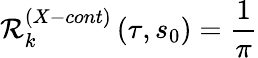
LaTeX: {\cal R}_{k}^{\left(X-cont\right)}\left(\tau,s_{0}\right)=\frac{1}{\pi}